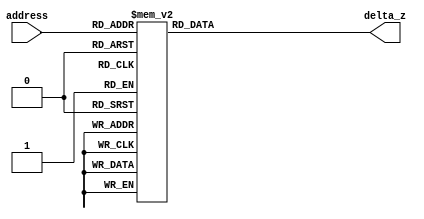
module Circular_Rom_test #( parameter  data_width = 16, address_width = 4)
(
	input [(address_width-1):0] address,
	output[(data_width-1):0] delta_z
);

	reg [data_width-1 : 0] rom_content;
	
	always@(address)
		begin
			case(address)
				4'd0: rom_content = 16'h3244;
				4'd1: rom_content = 16'h1dac;
				4'd2: rom_content = 16'h0fae;
				4'd3: rom_content = 16'h07f5;
				4'd4: rom_content = 16'h03ff;
				4'd5: rom_content = 16'h0200;
				4'd6: rom_content = 16'h0100;
				4'd7: rom_content = 16'h0080;
				4'd8: rom_content = 16'h0040;
				4'd9: rom_content = 16'h0020;
				4'd10: rom_content = 16'h0010;
				4'd11: rom_content = 16'h0008;
				4'd12: rom_content = 16'h0004;
				4'd13: rom_content = 16'h0002;
				4'd14: rom_content = 16'h0001;
				4'd15: rom_content = 16'h0001;
			endcase
		end	

	assign delta_z = rom_content;
	
endmodule